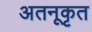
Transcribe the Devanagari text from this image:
अतनूकृत